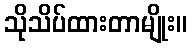
သိုသိပ်ထားတာမျိုး။